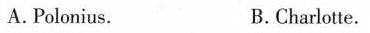
A.Polonius. B.Charlotte.